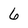
Character: 6